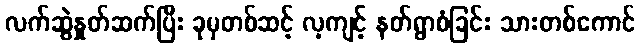
လက်ဆွဲနှုတ်ဆက်ပြီး ခုမှတစ်ဆင့် လ့ကျင့် နတ်ရွာစံခြင်း သားတစ်ကောင်